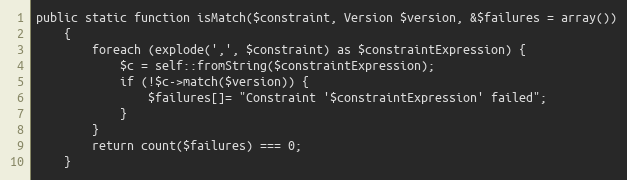
Language: PHP
public static function isMatch($constraint, Version $version, &$failures = array())
    {
        foreach (explode(',', $constraint) as $constraintExpression) {
            $c = self::fromString($constraintExpression);
            if (!$c->match($version)) {
                $failures[]= "Constraint '$constraintExpression' failed";
            }
        }
        return count($failures) === 0;
    }